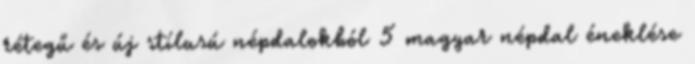
rétegű és új stílusú népdalokból 5 magyar népdal éneklése